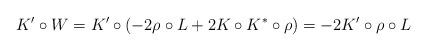
LaTeX: \begin{align*}K' \circ W= K' \circ (-2\rho\circ L + 2K\circ K^*\circ \rho)= -2 K' \circ\rho\circ L\end{align*}